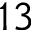
{ 1 3 }